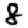
Digit: 8